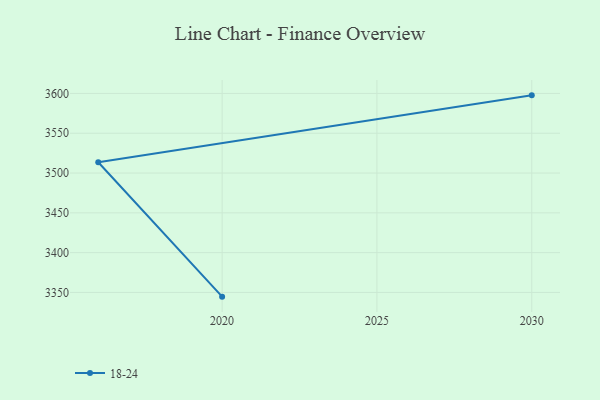
{"axis": {"x": "Year", "y": "Backlog"}, "legend": ["18-24"], "data": [{"x": "2020", "y": 3344.7, "type": "18-24"}, {"x": "2016", "y": 3513.5, "type": "18-24"}, {"x": "2030", "y": 3597.6, "type": "18-24"}]}